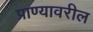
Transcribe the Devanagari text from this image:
प्राण्यावरील